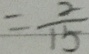
= \frac { 2 } { 1 5 }